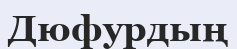
Дюфурдың